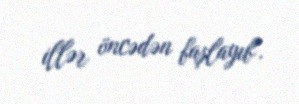
illər öncədən başlayıb".